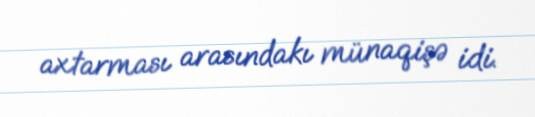
axtarması arasındakı münaqişə idi.